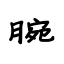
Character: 腕